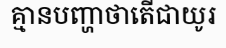
គ្មានបញ្ហាថាតើជាយូរ